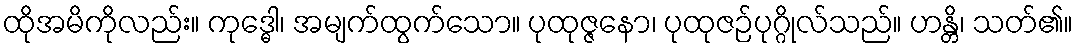
ထိုအမိကိုလည်း။ ကုဒ္ဓေါ၊ အမျက်ထွက်သော။ ပုထုဇ္ဇနော၊ ပုထုဇဉ်ပုဂ္ဂိုလ်သည်။ ဟန္တိ၊ သတ်၏။